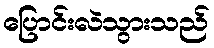
ပြောင်းလဲသွားသည်